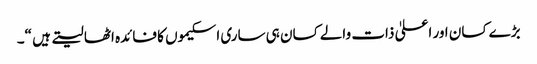
بڑے کسان اور اعلیٰ ذات والے کسان ہی ساری اسکیموں کا فائدہ اٹھا لیتے ہیں “۔